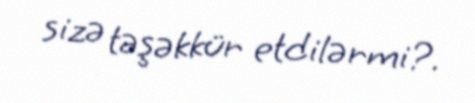
sizə təşəkkür etdilərmi?.